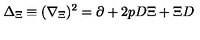
\Delta _ { \Xi } \equiv ( \nabla _ { \Xi } ) ^ { 2 } = \partial + 2 p D \Xi + \Xi D